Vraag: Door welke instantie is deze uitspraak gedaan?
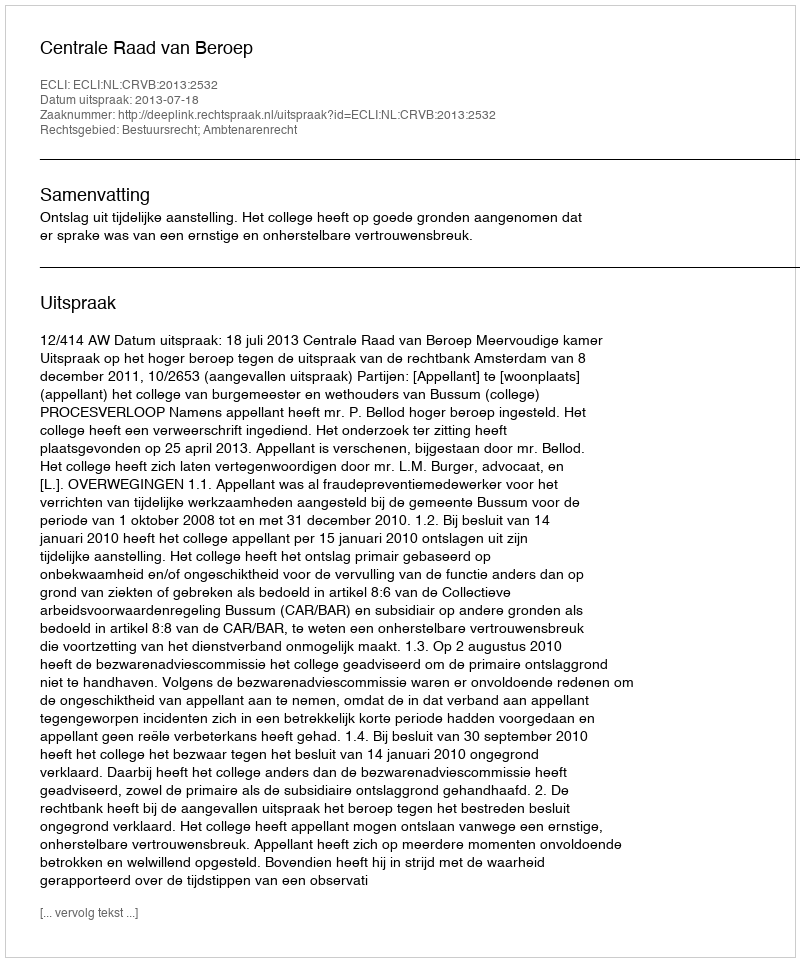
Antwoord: Centrale Raad van Beroep